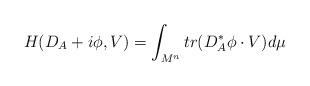
LaTeX: \begin{align*}H(D_A+i\phi,V)=\int_{M^n}tr(D^*_A\phi\cdot V)d\mu\end{align*}